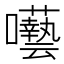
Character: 𭌵